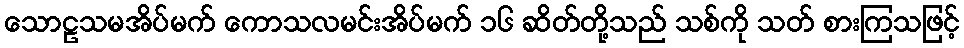
သောဠသမအိပ်မက် ကောသလမင်းအိပ်မက် ၁၆ ဆိတ်တို့သည် သစ်ကို သတ် စားကြသဖြင့်